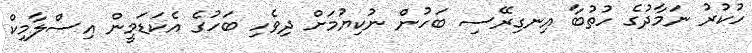
ހުކުރު ނަމާދުގެ ހުތުބާ އިނގިރޭސި ބަހުން ނުކިޔުމަށް ދިވެހި ބަހުގެ އެކަޑަމީން އިސްލާމިކް